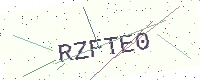
Text: RZFTE0